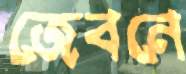
জেবনে